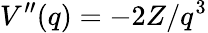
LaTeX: V^{\prime\prime}(q)=-2Z/q^{3}